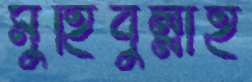
মুহিবুল্লাহ